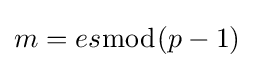
m=es{\bmod {(p-1)}}